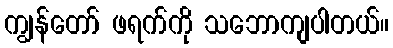
ကျွန်တော် ဖရက်ကို သဘောကျပါတယ်။